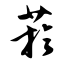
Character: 菸